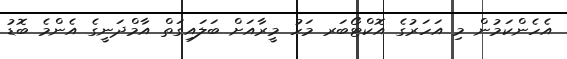
އެހެންކަމުން މި އަހަރުގެ އޮކްޓޯބަރ މަހު މީރާއަށް ބަލައިގަތް އާމްދަނީގެ އެންމެ ބޮޑު